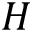
H